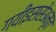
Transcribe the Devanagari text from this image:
गयीइससेअमृत